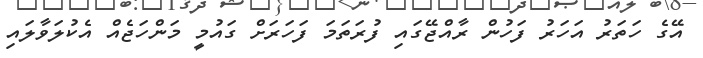
އޭގެ ހަތަރު އަހަރު ފަހުން ރާއްޖޭގައި ފުރަތަމަ ފަހަރަށް ގައުމީ މަންހަޖެއް އެކުލަވާލައި